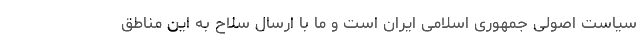
سیاست اصولی جمهوری اسلامی ایران است و ما با ارسال سلاح به این مناطق